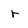
Character: r